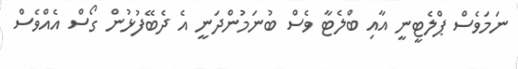
ނަމަވެސް ޕްލެޓީނީ އާއި ބްލެޓާ ވެސް ބުނަމުންދަނީ އެ ދެބޭފުޅުން ގޯސް އެއްވެސް